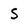
Character: S